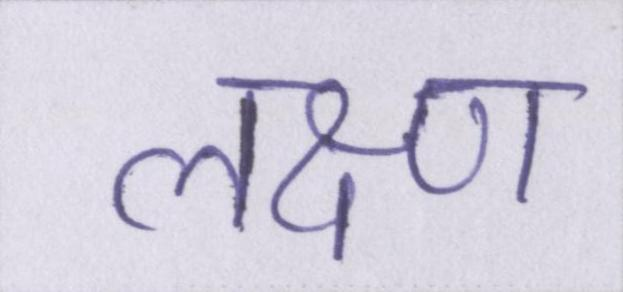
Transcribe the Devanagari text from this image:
लक्ष्ण